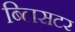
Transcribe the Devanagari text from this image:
ब्लिसटर